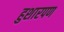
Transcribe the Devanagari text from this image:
हुशारपण